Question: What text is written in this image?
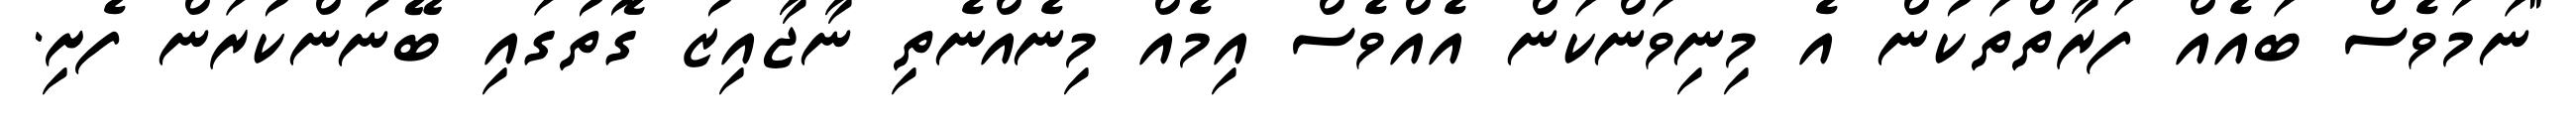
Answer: "ނަމަވެސް ބައެއް ފަރާތްތަކުން އެ މިނިވަންކަން އެއްވެސް އިމެއް މިނެއްނެތި ނާޖާއިޒު ގޮތުގައި ބޭނުންކުރަން ފެށި.